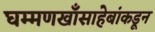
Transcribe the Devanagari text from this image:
घम्मणखाँसाहेबांकडून